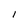
Character: I